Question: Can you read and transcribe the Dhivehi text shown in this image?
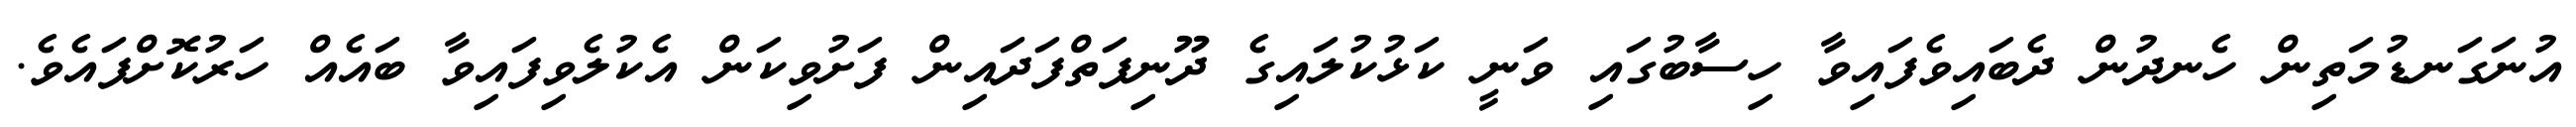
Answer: އުނަގަނޑުމަތިން ހެނދުން ދެބައިވެފައިވާ ހިސާބުގައި ވަނީ ކަޅުކުލައިގެ ދޫނިފަތްފަދައިން ފަށުވިކަން އެކުލެވިފައިވާ ބައެއް ހަރުކޮށްފައެވެ.